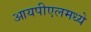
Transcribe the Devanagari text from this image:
आयपीएलमध्ये